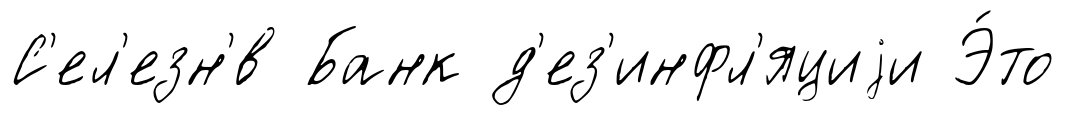
С'ел'езн'́в Банк д'ез'инфл'яциjи Э́то